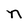
Character: n